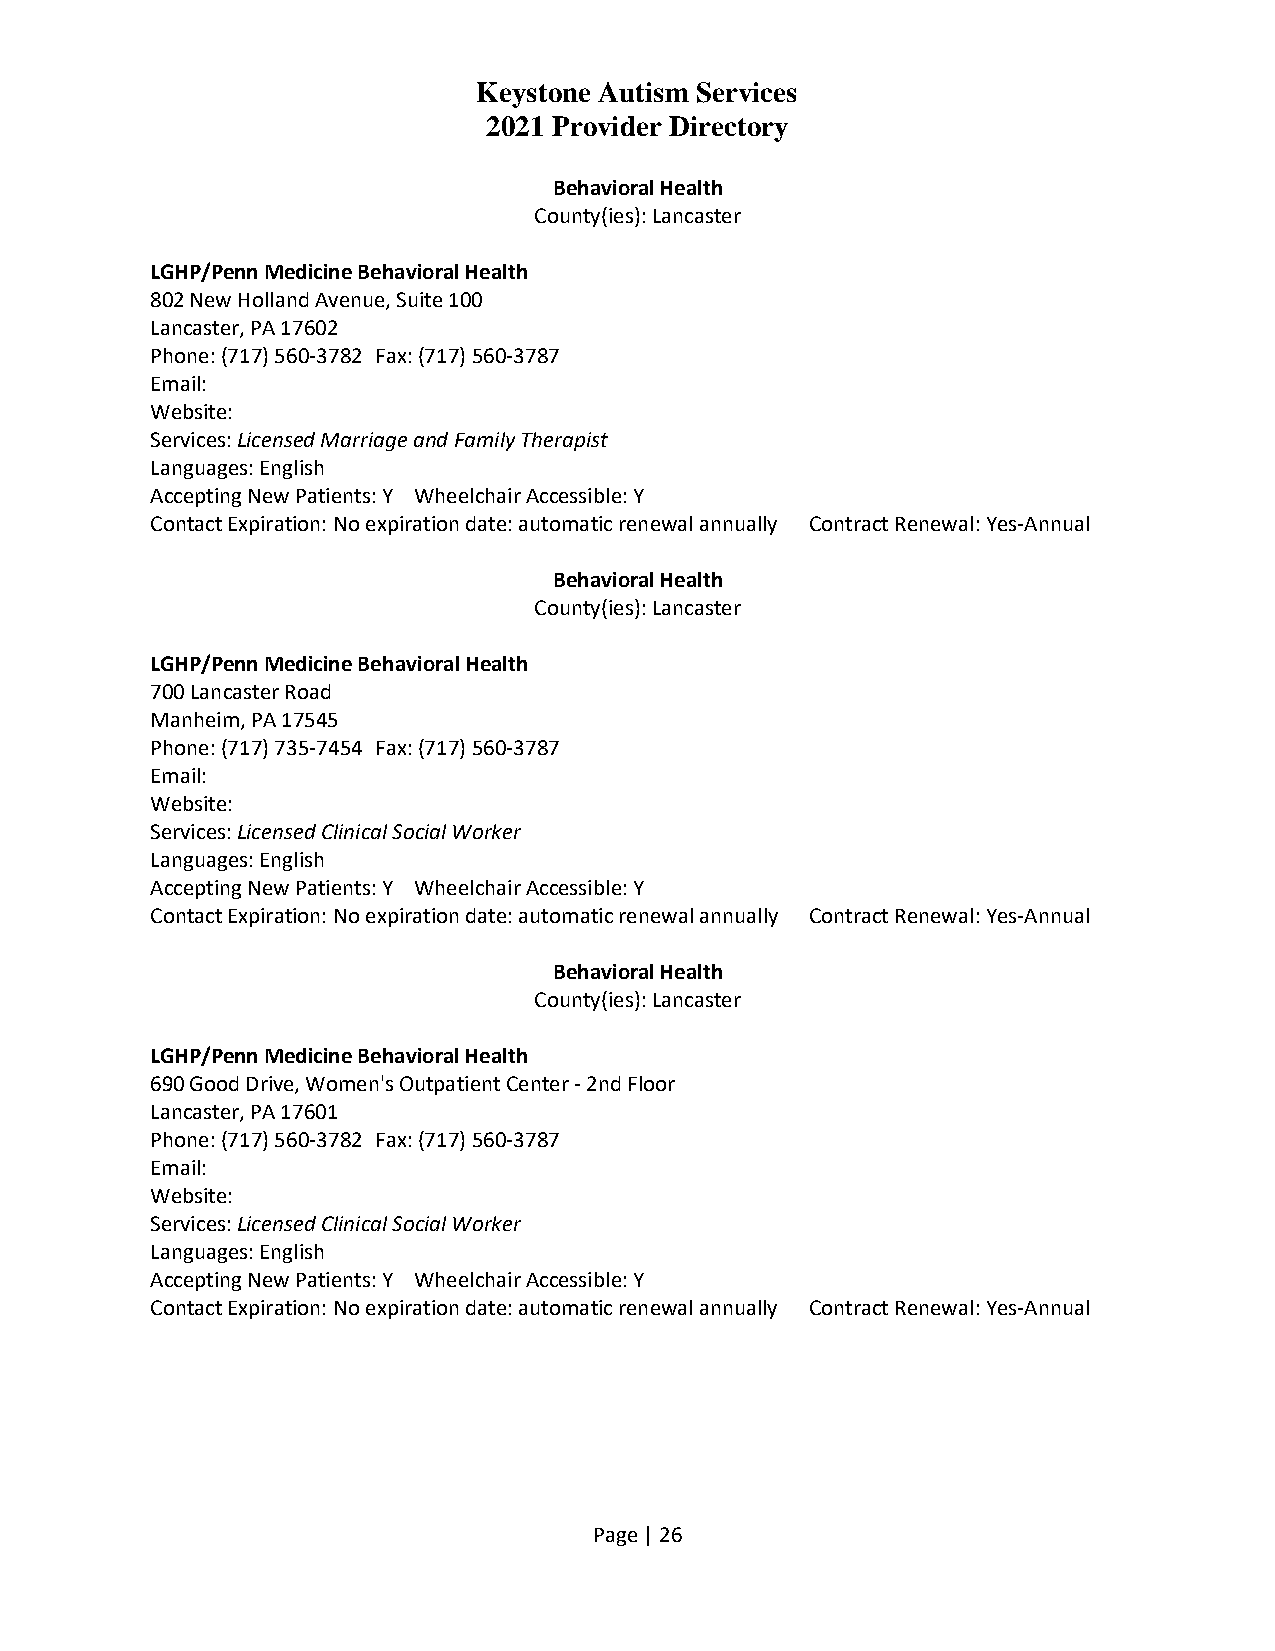
Keystone Autism Services
 2021 Provider Directory
 Behavioral Health
 County(ies): Lancaster
 LGHP/Penn Medicine Behavioral Health
 802 New Holland Avenue, Suite 100
 Lancaster, PA 17602
 Phone: (717) 560-3782 Fax: (717) 560-3787
 Email:
 Website:
 Services: Licensed Marriage and Family Therapist
 Languages: English
 Accepting New Patients: Y Wheelchair Accessible: Y
 Contact Expiration: No expiration date: automatic renewal annually Contract Renewal: Yes-Annual
 Behavioral Health
 County(ies): Lancaster
 LGHP/Penn Medicine Behavioral Health
 700 Lancaster Road
 Manheim, PA 17545
 Phone: (717) 735-7454 Fax: (717) 560-3787
 Email:
 Website:
 Services: Licensed Clinical Social Worker
 Languages: English
 Accepting New Patients: Y Wheelchair Accessible: Y
 Contact Expiration: No expiration date: automatic renewal annually Contract Renewal: Yes-Annual
 Behavioral Health
 County(ies): Lancaster
 LGHP/Penn Medicine Behavioral Health
 690 Good Drive, Women's Outpatient Center - 2nd Floor
 Lancaster, PA 17601
 Phone: (717) 560-3782 Fax: (717) 560-3787
 Email:
 Website:
 Services: Licensed Clinical Social Worker
 Languages: English
 Accepting New Patients: Y Wheelchair Accessible: Y
 Contact Expiration: No expiration date: automatic renewal annually Contract Renewal: Yes-Annual
 Page | 26